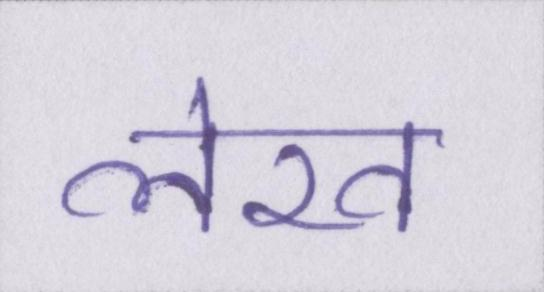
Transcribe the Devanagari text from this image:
लेख